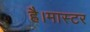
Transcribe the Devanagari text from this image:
है।मास्‍टर